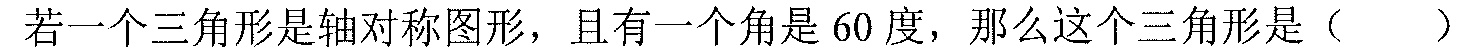
若一个三角形是轴对称图形，且有一个角是\(60\)度，那么这个三角形是（  ）